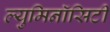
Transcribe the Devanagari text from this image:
ल्युमिनॉसिटी